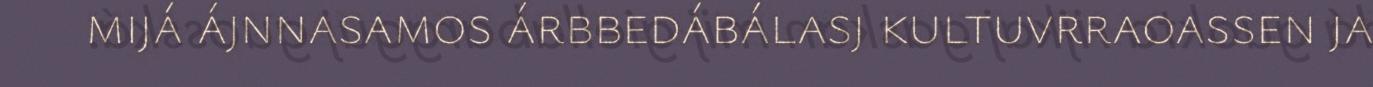
mijá ájnnasamos árbbedábálasj kultuvrraoassen ja